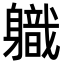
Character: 軄